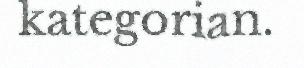
kategorian.